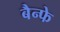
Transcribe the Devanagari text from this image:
बैन्फे